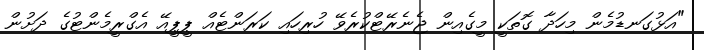
"އަޅުގަނޑުމެން މިހަދާ ގޮތަކީ މީގެއިން ޖެނެރޭޓްކުރެވޭ ހުރިހައި ކަރަންޓެއް ޕީޕީއޭ އެގްރީމެންޓުގެ ދަށުން